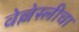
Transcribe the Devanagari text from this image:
वेल्लेस्लीचा